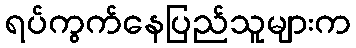
ရပ်ကွက်နေပြည်သူများက